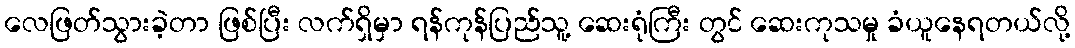
လေဖြတ်သွားခဲ့တာ ဖြစ်ပြီး လက်ရှိမှာ ရန်ကုန်ပြည်သူ့ ဆေးရုံကြီး တွင် ဆေးကုသမှု ခံယူနေရတယ်လို့